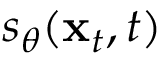
s _ { \theta } ( \mathbf { x } _ { t } , t )